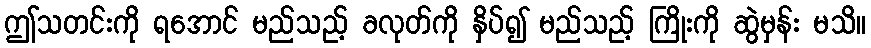
ဤသတင်းကို ရအောင် မည်သည့် ခလုတ်ကို နှိပ်၍ မည်သည့် ကြိုးကို ဆွဲမှန်း မသိ။